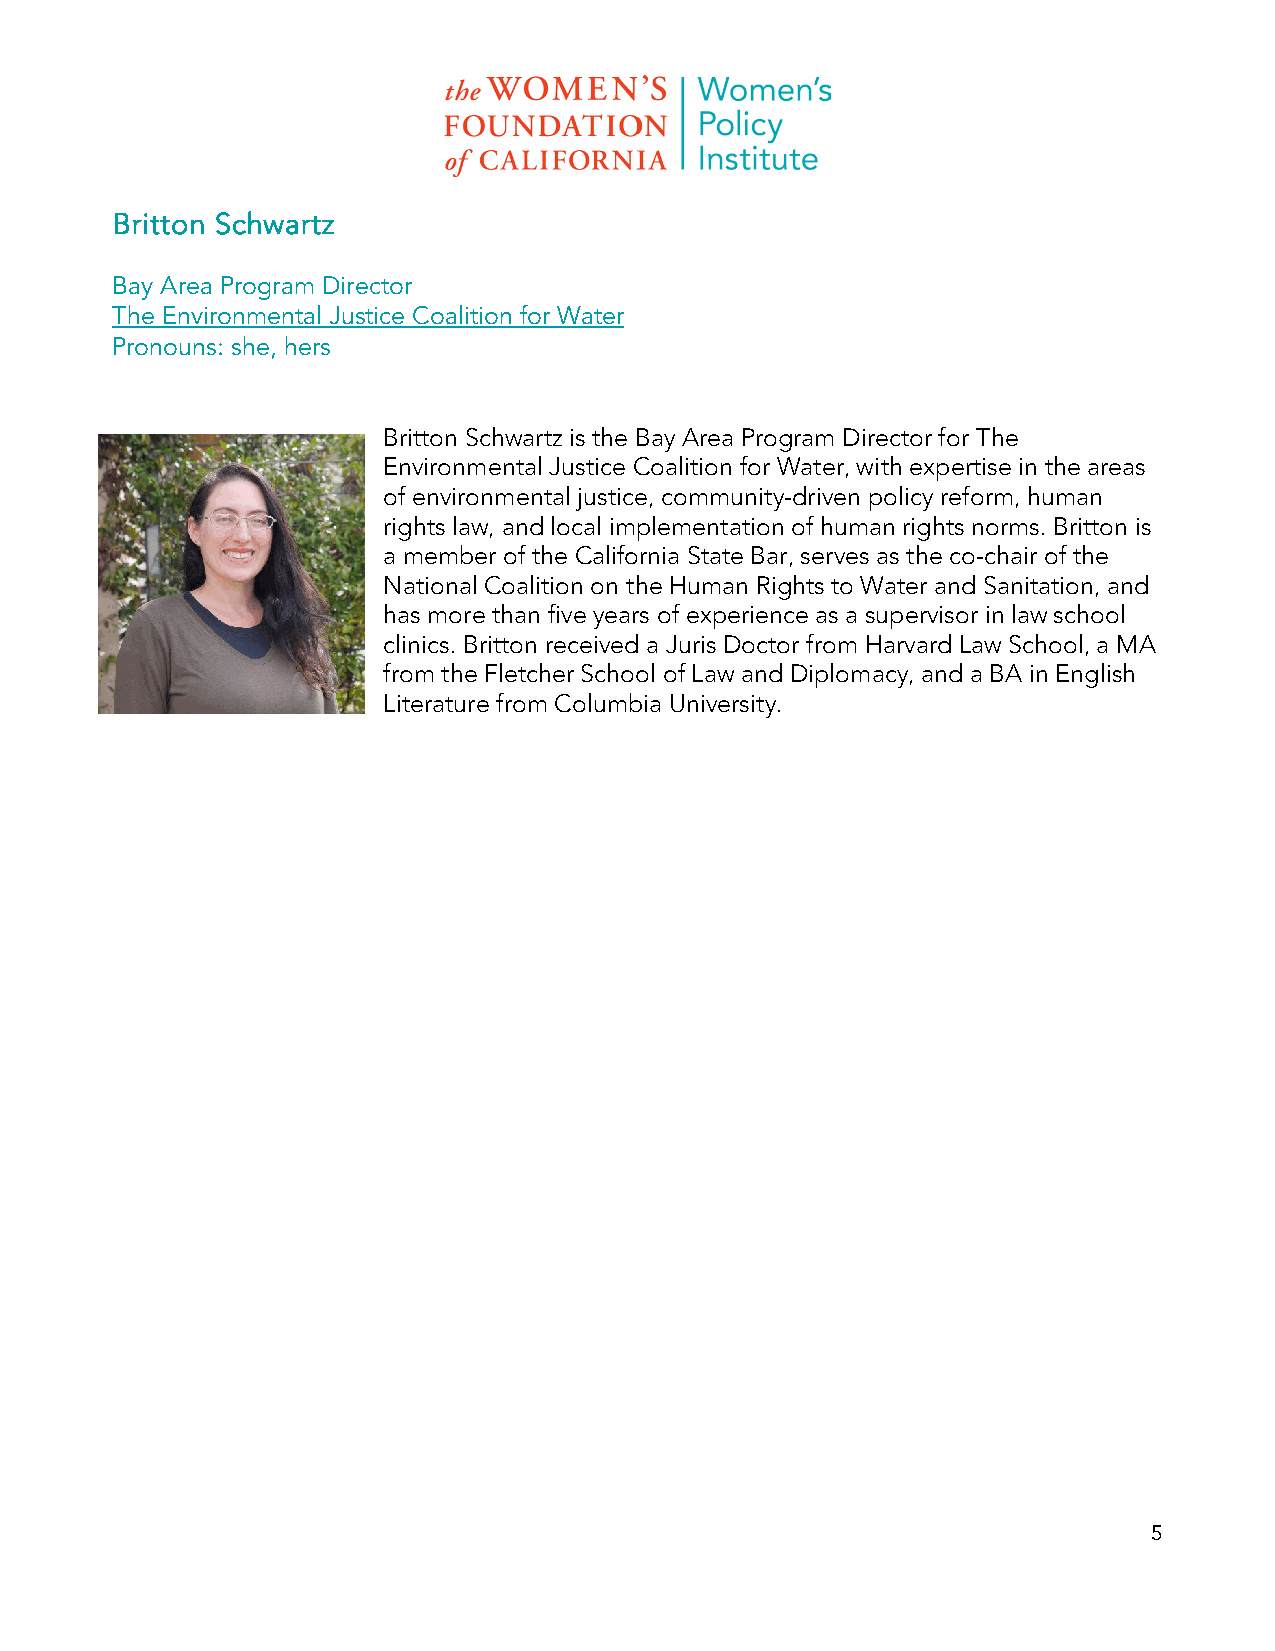
Britton Schwartz
 Bay Area Program Director
 The Environmental Justice Coalition for Water
 Pronouns: she, hers
 Britton Schwartz is the Bay Area Program Director for The
 Environmental Justice Coalition for Water, with expertise in the areas
 of environmental justice, community-driven policy reform, human
 rights law, and local implementation of human rights norms. Britton is
 a member of the California State Bar, serves as the co-chair of the
 National Coalition on the Human Rights to Water and Sanitation, and
 has more than five years of experience as a supervisor in law school
 clinics. Britton received a Juris Doctor from Harvard Law School, a MA
 from the Fletcher School of Law and Diplomacy, and a BA in English
 Literature from Columbia University.
 5